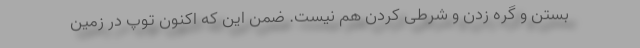
بستن و گره زدن و شرطی کردن هم نیست. ضمن این که اکنون توپ در زمین